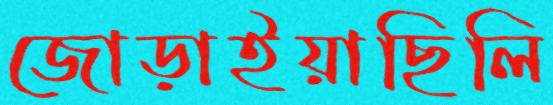
জোড়াইয়াছিলি